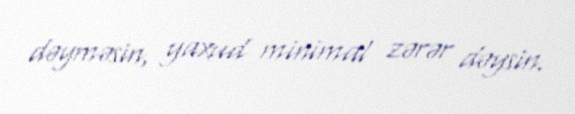
dəyməsin, yaxud minimal zərər dəysin.